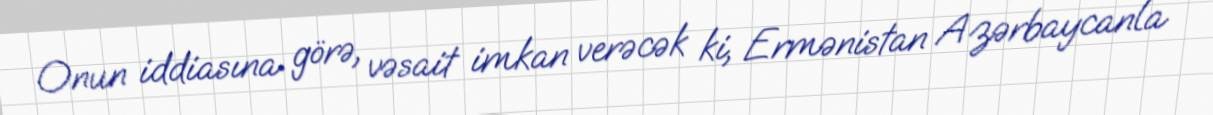
Onun iddiasına görə, vəsait imkan verəcək ki, Ermənistan Azərbaycanla